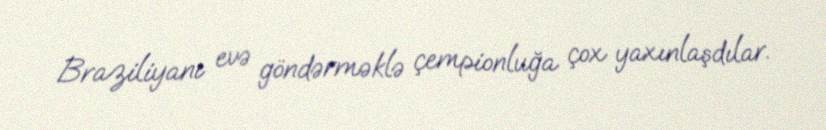
Braziliyanı evə göndərməklə çempionluğa çox yaxınlaşdılar.